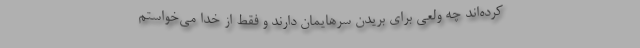
کرده‌اند چه ولعی برای بریدن سرهایمان دارند و فقط از خدا می‌خواستم